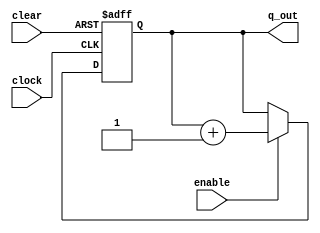
//1.2
module my_counter(enable,clock,clear,q_out);
	output reg [3:0] q_out;
	input clock;
	input clear;
	input enable;
	
	always@(posedge clock or negedge clear)
		if(!clear)
			q_out = 0;
		else if(!enable)
			q_out <= q_out;
		else
			q_out <= q_out+1;
endmodule